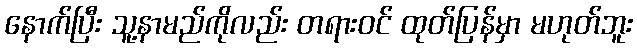
နောက်ပြီး သူ့နာမည်ကိုလည်း တရားဝင် ထုတ်ပြန်မှာ မဟုတ်ဘူး